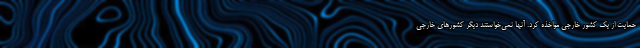
حمایت از یک کشور خارجی مواخذه کرد. آنها نمی‌خواستند دیگر کشورهای خارجی